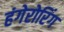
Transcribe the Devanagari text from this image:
हंगेरोरिंग